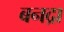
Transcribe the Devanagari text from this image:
बनद्रा